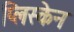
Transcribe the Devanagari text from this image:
प्लिस्केन